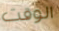
الوقت